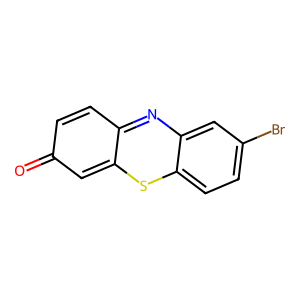
SMILES: O=c1ccc2nc3cc(Br)ccc3sc-2c1
Inhibits HIV replication: No